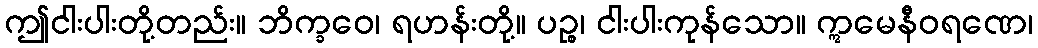
ဤငါးပါးတို့တည်း။ ဘိက္ခဝေ၊ ရဟန်းတို့။ ပဉ္စ၊ ငါးပါးကုန်သော။ ဣမေနီဝရဏေ၊